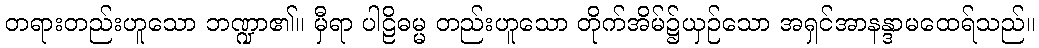
တရားတည်းဟူသော ဘဏ္ဍာ၏။ မှီရာ ပါဠိဓမ္မ တည်းဟူသော တိုက်အိမ်၌ယှဉ်သော အရှင်အာနန္ဒာမထေရ်သည်။